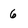
Character: 6